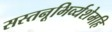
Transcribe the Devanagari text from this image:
सस्तनूभिर्व्यशेमहि